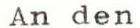
An den